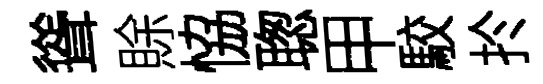
聳賖恊聦甲駮扵